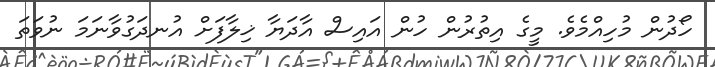
ހޯދުން މުހިއްމެވެ. މީގެ އިތުރުން ހުން އައިސް އާދަޔާ ޚިލާފަށް އުނދަގުވާނަމަ ނުވަތަ